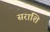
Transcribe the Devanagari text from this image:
सराशि